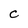
Character: C